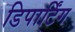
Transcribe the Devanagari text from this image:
डिपार्टिंग